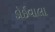
ડોઈવાલા